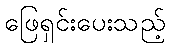
ဖြေရှင်းပေးသည့်